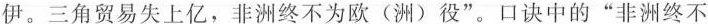
伊。三角贸易失上亿，非洲终不为欧(洲)役”。口诀中的”非洲终不